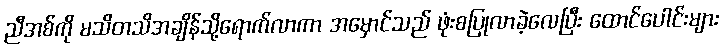
ညီအစ်ကို မသိတသိအချိန်သို့ရောက်လာကာ အမှောင်သည် ဖုံးစပြုလာခဲ့လေပြီး ထောင်ပေါင်းများ